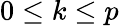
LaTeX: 0\leq k\leq p